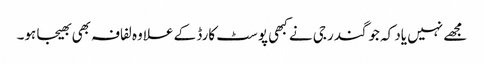
مجھے نہیں یاد کہ جوگندر جی نے کبھی پوسٹ کارڈ کے علاوہ لفافہ بھی بھیجا ہو۔